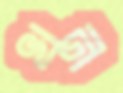
খন